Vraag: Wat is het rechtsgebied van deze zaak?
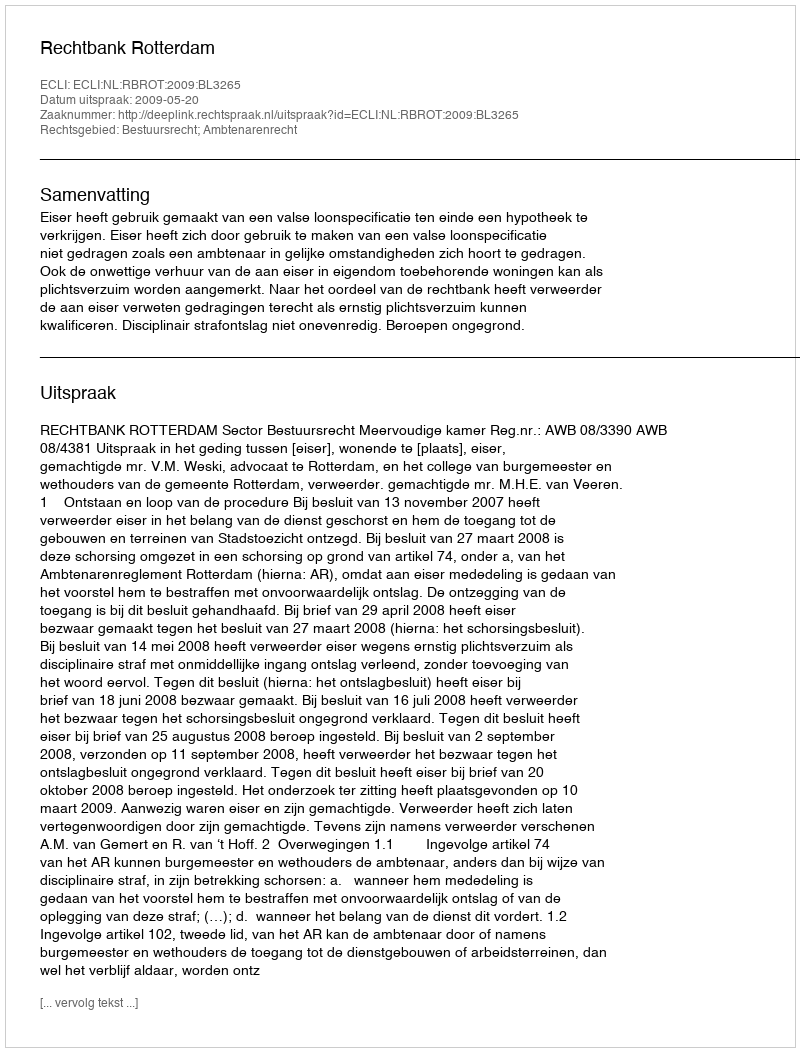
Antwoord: Bestuursrecht; Ambtenarenrecht